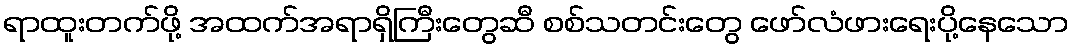
ရာထူးတက်ဖို့ အထက်အရာရှိကြီးတွေဆီ စစ်သတင်းတွေ ဖော်လံဖားရေးပို့နေသော